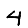
Digit: 4